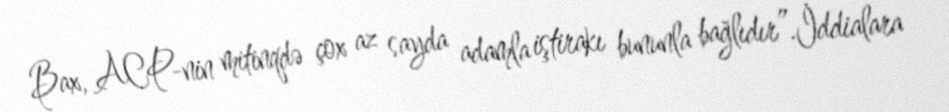
Bax, ACP-nin mitinqdə çox az sayda adamla iştirakı bununla bağlıdır”.İddialara